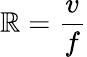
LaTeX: \mathbb{R}={\frac{{v}}{{f}}}